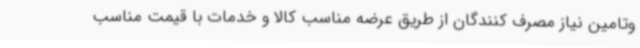
وتامین نیاز مصرف کنندگان از طریق عرضه مناسب کالا و خدمات با قیمت مناسب